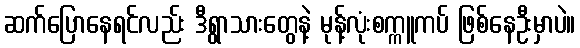
ဆက်ပြောနေရင်လည်း ဒီရွာသားတွေနဲ့ မုန့်လုံးစက္ကူကပ် ဖြစ်နေဦးမှာပဲ။